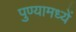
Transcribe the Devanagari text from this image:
पुण्यामध्यें